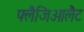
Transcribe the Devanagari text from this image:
फ्लैजिओलैट